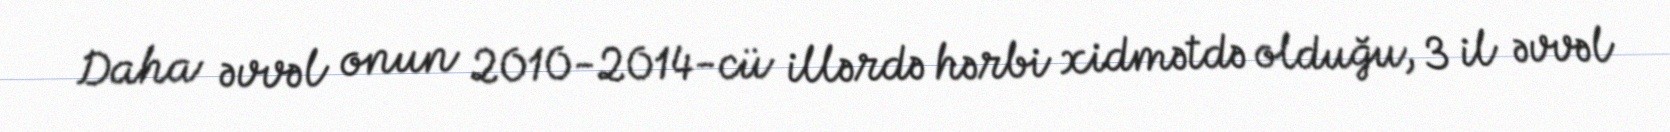
Daha əvvəl onun 2010-2014-cü illərdə hərbi xidmətdə olduğu, 3 il əvvəl